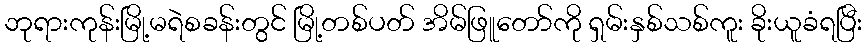
ဘုရားကုန်းမြို့မရဲစခန်းတွင် မြို့တစ်ပတ် အိမ်ဖြူတော်ကို ရှမ်းနှစ်သစ်ကူး ခိုးယူခံရပြီး